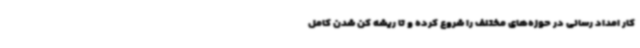
کار امداد رسانی در حوزه‌های مختلف را شروع کرده و تا ریشه کن شدن کامل